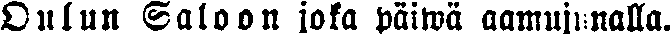
Oulun Saloon joka päiwä aamuilmalla.